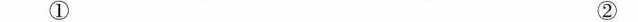
① ②